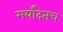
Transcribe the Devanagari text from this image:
मर्यादेतच